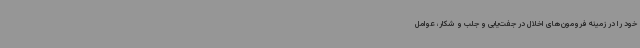
خود را در زمینه فرومون‌های اخلال در جفت‌یابی و جلب و شکار، عوامل